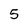
Character: 5